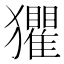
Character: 𤣓